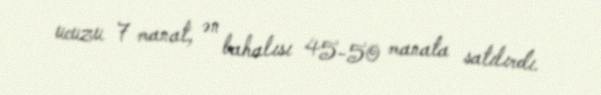
ucuzu 7 manat, ən bahalısı 45-50 manata satılırdı.